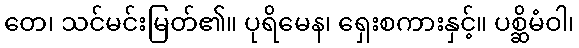
တေ၊ သင်မင်းမြတ်၏။ ပုရိမေန၊ ရှေးစကားနှင့်။ ပစ္ဆိမံဝါ၊